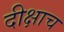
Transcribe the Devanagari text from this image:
दीक्षाच